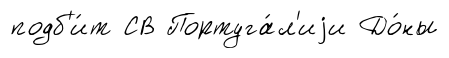
подб'и́т СВ Португа́л'иjи До́ны